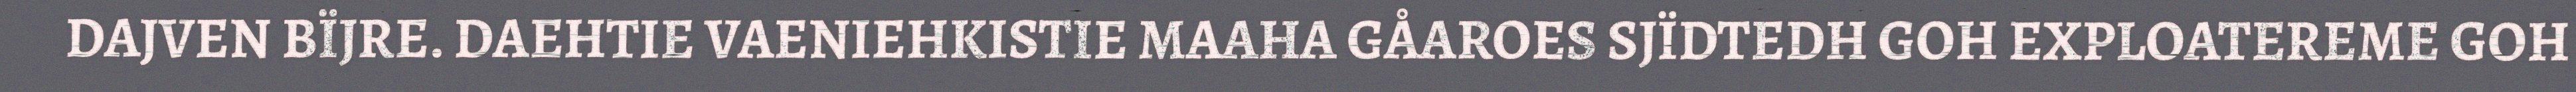
DAJVEN BÏJRE. DAEHTIE VAENIEHKISTIE MAAHA GÅAROES SJÏDTEDH GOH EXPLOATEREME GOH